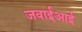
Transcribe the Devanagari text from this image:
जवाईआई